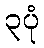
၃ပုံ